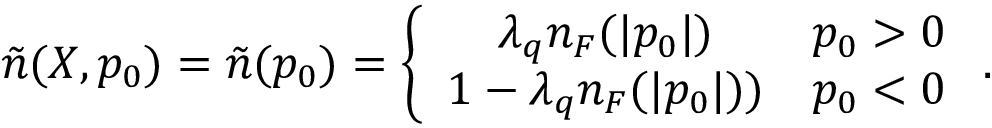
\tilde { n } ( X , p _ { 0 } ) = \tilde { n } ( p _ { 0 } ) = \left\{ \begin{array} { c c } { { \lambda _ { q } n _ { F } ( | p _ { 0 } | ) } } & { { p _ { 0 } > 0 } } \\ { { 1 - \lambda _ { q } n _ { F } ( | p _ { 0 } | ) ) } } & { { p _ { 0 } < 0 } } \end{array} \right. .